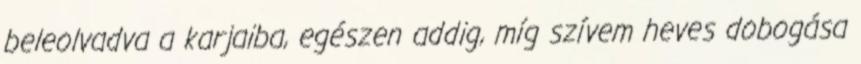
beleolvadva a karjaiba, egészen addig, míg szívem heves dobogása